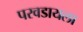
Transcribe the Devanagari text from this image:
परवडायला